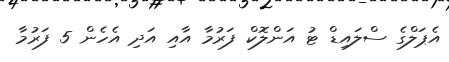
އެޕަލްގެ ސްލައިޑް ޓު އަންލޮކް ފަރުމާ އާއި އަދި އެހެން 5 ފަރުމާ